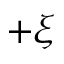
+ \xi